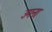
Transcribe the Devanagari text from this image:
उमना